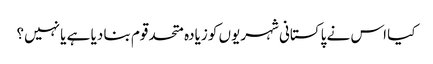
کیا اس نے پاکستانی شہریوں کو زیادہ متحد قوم بنا دیا ہے یا نہیں؟